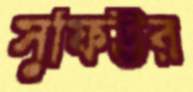
সুফিউর